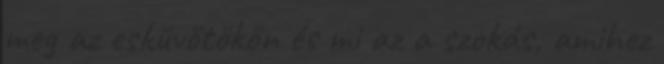
meg az esküvőtökön és mi az a szokás, amihez